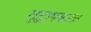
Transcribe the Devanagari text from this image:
वृद्धापकाळ